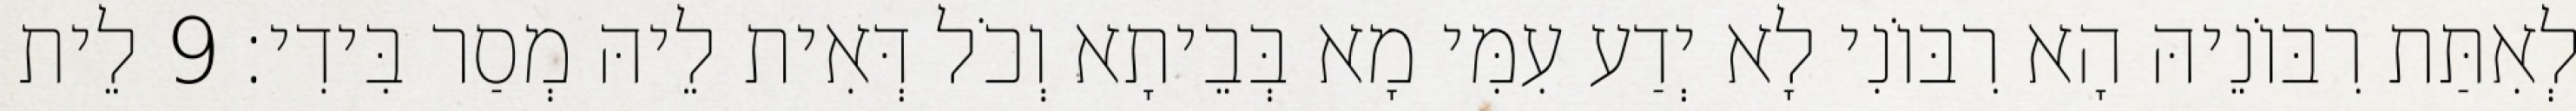
לְאִתַּת רִבּוֹנֵיהּ הָא רִבּוֹנִי לָא יְדַע עִמִּי מָא בְּבֵיתָא וְכֹל דְּאִית לֵיהּ מְסַר בִּידִי׃ 9 לֵית